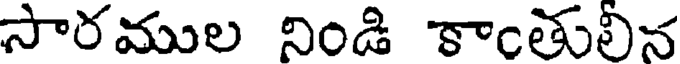
సారముల నిండి కాంతులిన